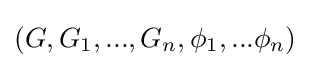
(G,G_{1},...,G_{n},\phi _{1},...\phi _{n})